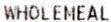
WHOLEMEAL